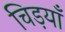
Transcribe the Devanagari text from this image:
चिड़याँ